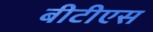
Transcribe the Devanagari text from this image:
बीटीएस